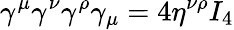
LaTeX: \gamma^{\mu}\gamma^{\nu}\gamma^{\rho}\gamma_{\mu}=4\eta^{\nu\rho}I_{4}